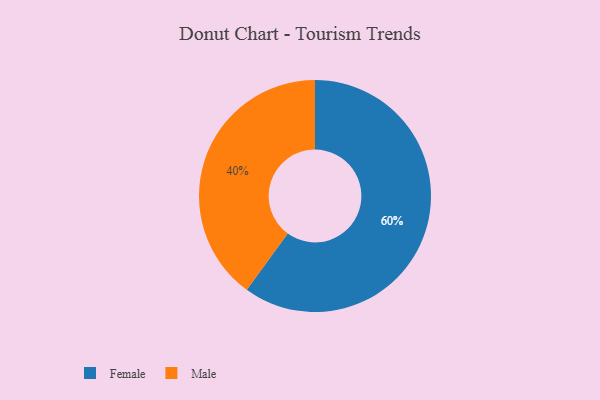
{"axis": {"x": "Category", "y": "Percentage"}, "legend": ["Female", "Male"], "data": [{"x": "Male", "y": 40, "type": "Male"}, {"x": "Female", "y": 60, "type": "Female"}]}